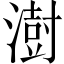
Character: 澍